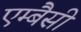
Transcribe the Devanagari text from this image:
एम्बैसी